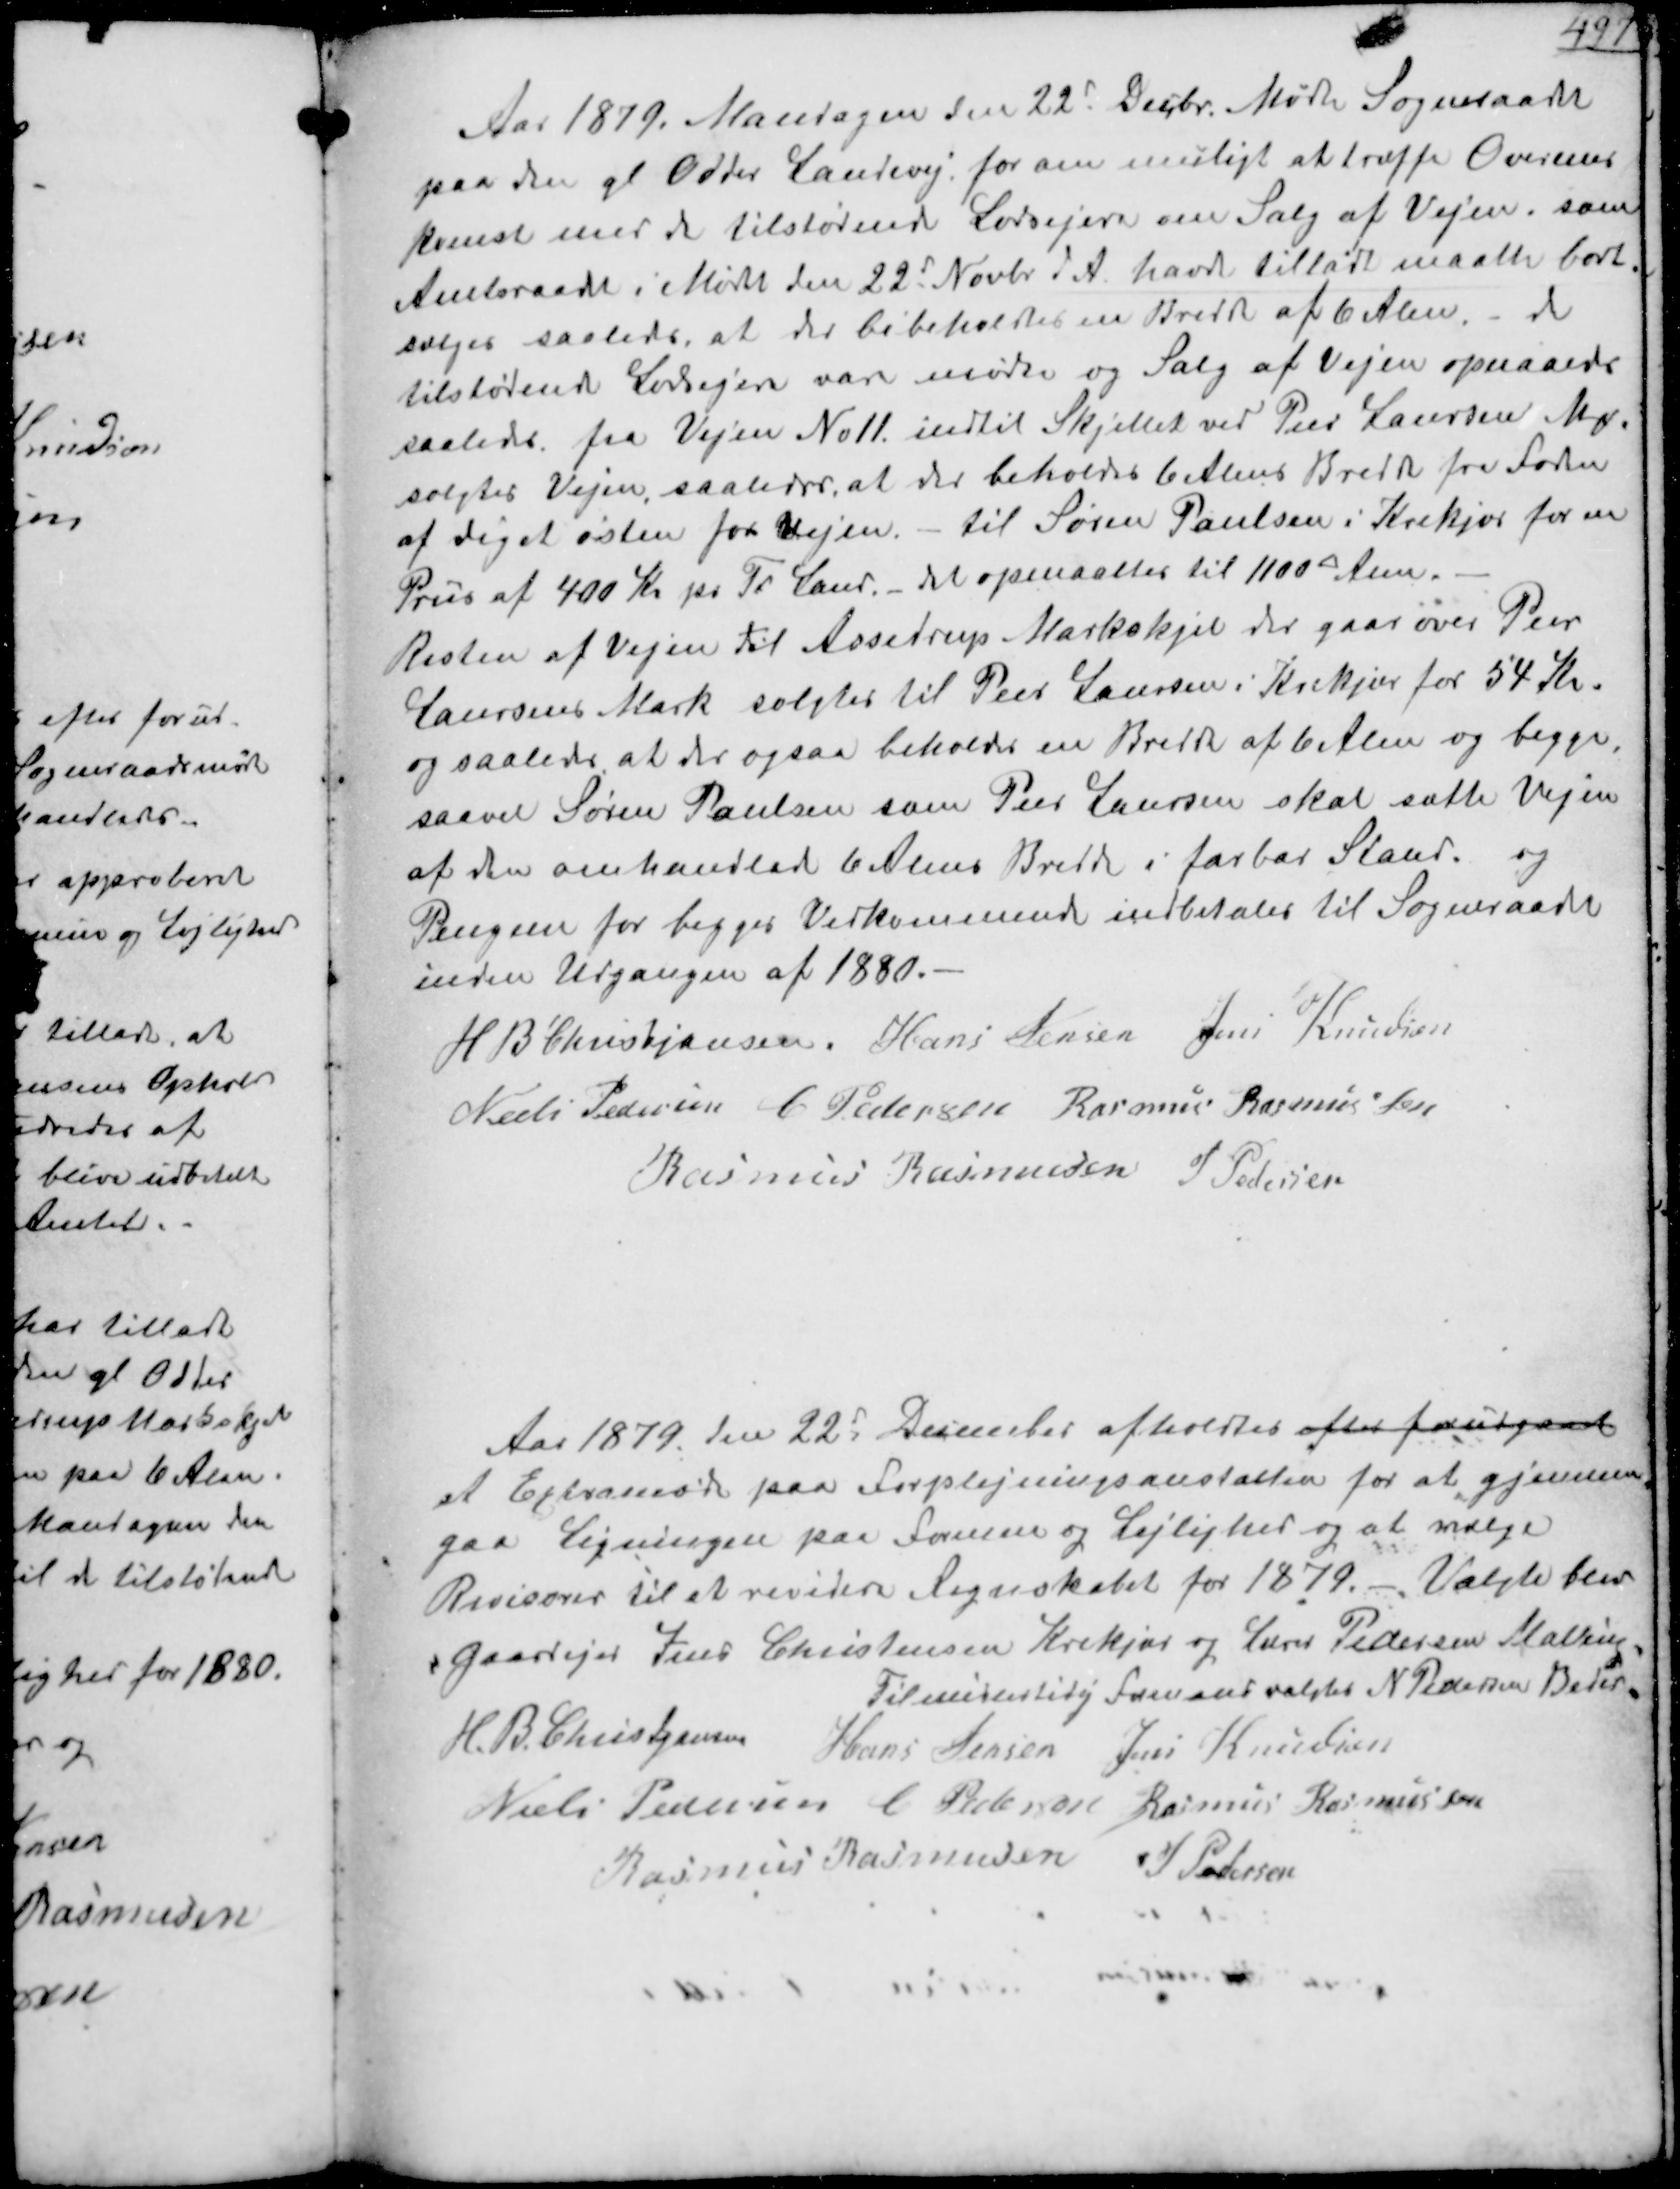
Transskription:
Aar 1879 Mandagen den 22d Decbr. Mødte Sogneraadet
paa den gl Odder Landevej for om muligt at træffe Overens-
komst med de tilstødende Lodsejere om Salg af Vejen, som
Amtsraadet i Møde den 22d Novbr d A havde tilladt maatte bort-
sælges saaledes, at der bibeholdes en Bredde af 6 Alen, - de
tilstødende Lodsejere var mødte og Salg af Vejen opnaaedes
saaledes fra Vejen No11 indtil Skjellet ved Peer Laursen Mrk
solgtes Vejen, saaledes at der beholdes 6 Alens Bredde fra Foden
af Diget østen for Vejen. - til Søren Poulsen i Krekjær for en
Pris af 400 Kr pr Td Land. - det opmaaltes til 1100 ⁥ Alen.
Resten af Vejen til Assedrup Markskjel der gaar over Peer
Laursens Mark solgtes til Peer Laursen i Krekjær for 54 Kr.
og saaledes, at der ogsaa beholdes en Bredde af 6 Alen og begge
saavel Søren Paulsen som Peer Laursen skal sætte Vejen
af den omhandlede 6 Alens Bredde i farbar Stand og
Pengene for begges Vedkommende indbetales til Sogneraadet
inden Udgangen af 1880.
H B Christjansen
Hans Jensen
Jens Knudsen
Niels Pedersen
C Pedersen
Rasmus Rasmussen
Rasmus Rasmussen
J Pedersen

Aar 1879 den 22d December afholdtes efter forudgaat
et Extraamøde paa Forplejenngsanstalten for at gjennem-
paa Ligningen paa Formue og Lejlighed og at vælge
Revisorer til at revidere Regnskabet for 1879. - Valgte blev
Gaardejer Jens Christensen Krekjær og Lærer Pedersen Malling
Til midlertidig Formand valgtes N Pedersen Beder
H. B. Christjansen
Hans Jensen
Jens Knudsen
Niels Pedersen
C Pedersen
Rasmus Rasmussen
Rasmus Rasmussen
J Pedersen